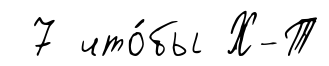
7 что́бы Х-Т